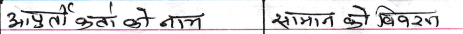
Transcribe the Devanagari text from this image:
आपुर्तो कर्ता को नाम सामान को विवरण